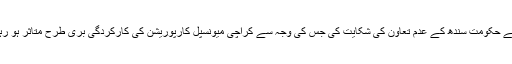
ایم کیو ایم پاکستان کے وفد نے کے ایم سی کے حوالے سے حکومت سندھ کے عدم تعاون کی شکایت کی جس کی وجہ سے کراچی میونسپل کارپوریشن کی کارکردگی بری طرح متاثر ہو رہی ہے اور اہل کراچی کی مشکلات میں اضافہ ہو رہا ہے۔